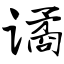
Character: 谲